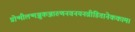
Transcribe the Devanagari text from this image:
प्रोन्मीलन्मञ्जुकञ्जारुणनवनयनव्रीडितानेककाम।